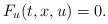
\begin{align*} {F}_u (t,x,u) = 0. \end{align*}